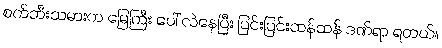
စက်ဘီးသမားက မြေကြီး ပေါ် လဲနေပြီး ပြင်းပြင်းထန်ထန် ဒဏ်ရာ ရတယ်။